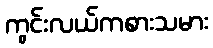
ကွင်းလယ်ကစားသမား